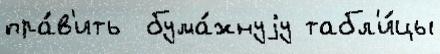
пра́в'ить  бума́жнуjу табл'и́цы